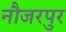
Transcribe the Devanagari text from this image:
नौजरपुर